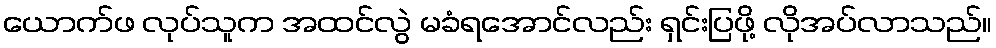
ယောက်ဖ လုပ်သူက အထင်လွဲ မခံရအောင်လည်း ရှင်းပြဖို့ လိုအပ်လာသည်။